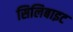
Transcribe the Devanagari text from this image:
सिलिबाइट